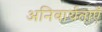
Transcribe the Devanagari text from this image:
अनिवार्यताएँ